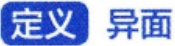
定义 异面